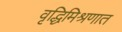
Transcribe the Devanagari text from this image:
वृद्धिमिश्रणात